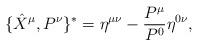
LaTeX: \begin{align*}\{\hat{X}^\mu ,P^\nu \}^*=\eta ^{\mu \nu }-\frac{P^{\mu }}{P^0}\eta ^{0\nu },\end{align*}